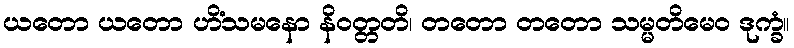
ယတော ယတော ဟိံသမနော နိဝတ္တတိ၊ တတော တတော သမ္မတိမေဝ ဒုက္ခံ။